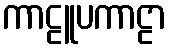
ကာဠူပကာဠာ